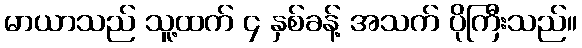
မာယာသည် သူ့ထက် ၄ နှစ်ခန့် အသက် ပိုကြီးသည်။